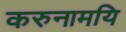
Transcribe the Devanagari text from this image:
करुनामयि